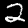
Digit: 2